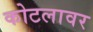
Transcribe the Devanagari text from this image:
कोटलावर